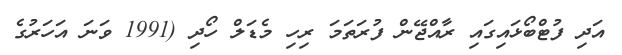
އަދި ފުޓްބޯޅައިގައި ރާއްޖޭން ފުރަތަމަ ރިހި މެޑަލް ހޯދި (1991 ވަނަ އަހަރުގެ